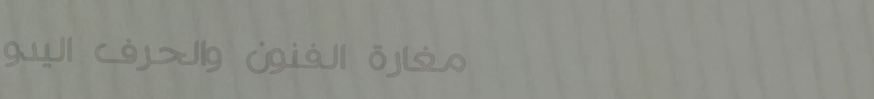
مغارة الفنون والحرف اليدو